Indian journal of veterinary science and animal husbandry - Volume 11,
Year: 1941
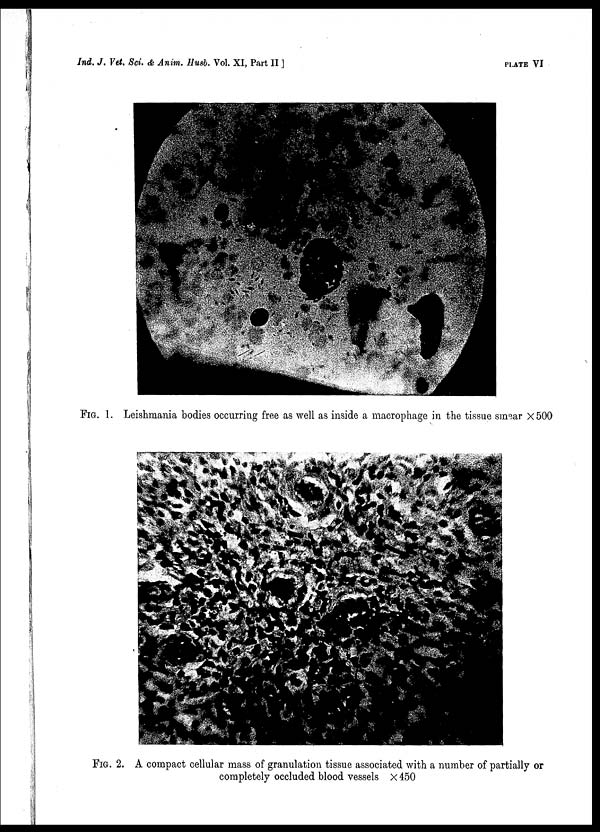
Ind. J. Vet. Sci. & Anim. Husb. Vol. XI, Part II ]
PLATE
VI
FIG. 1. Leishmania bodies occurring free as well as inside a macrophage in the tissue smear ×500
FIG. 2. A compact cellular mass of granulation tissue associated with a number of partially or
completely occluded blood vessels × 450